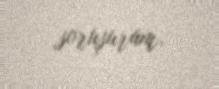
soruşuram.